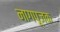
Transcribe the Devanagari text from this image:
नागपूजक